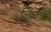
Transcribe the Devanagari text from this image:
लिप्का